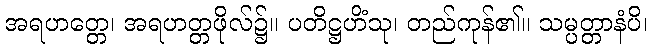
အရဟတ္တေ၊ အရဟတ္တဖိုလ်၌။ ပတိဋ္ဌဟိံသု၊ တည်ကုန်၏။ သမ္ပတ္တာနံပိ၊